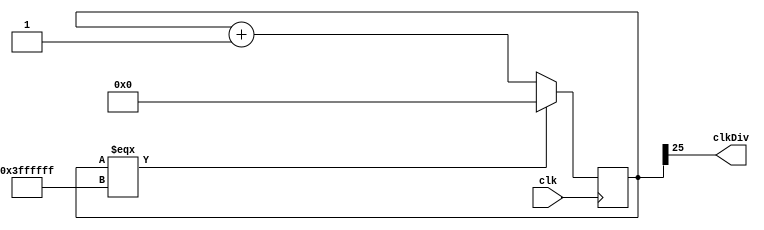
module clk_div(input clk, output clkDiv);
	
	reg[25:0] cnt = 0;
	assign clkDiv = cnt[25];
	
	always @(posedge clk) begin
		if (cnt === 26'h3ffffff)
			cnt <= 0;
		else
			cnt <= cnt + 26'b1;
	end
endmodule